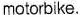
motorbike.